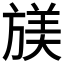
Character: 𫞁